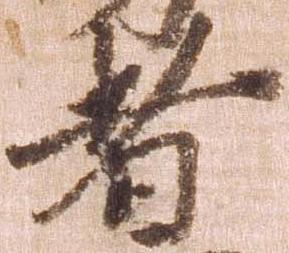
者